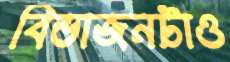
বিভাজনটাও